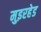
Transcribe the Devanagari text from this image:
मुइरहेड